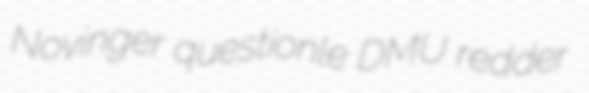
Novinger questionle DMU redder